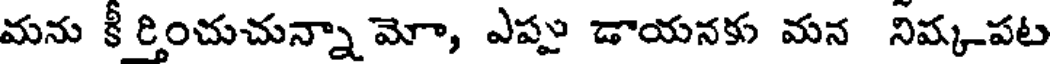
మను కీ ర్తించుచున్నా మో, ఎప్పు డాయనకు మన నిష్కపట